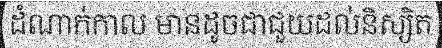
ដំណាក់កាល មានដូចជាជួយដល់និស្សិត